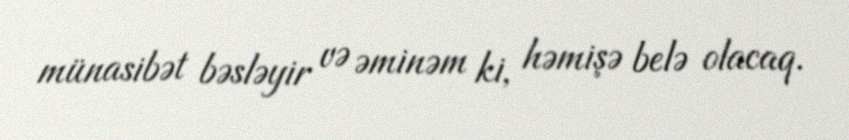
münasibət bəsləyir və əminəm ki, həmişə belə olacaq.